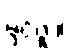
မှင်ဗူး။